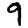
Digit: 9